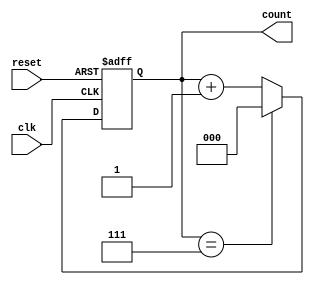
module up_counter_moore #(
    parameter N = 3  // Parameter to define the number of bits for the counter
)(
    input wire clk,      // Clock input
    input wire reset,    // Asynchronous reset input
    output reg [N-1:0] count // Output count value
);

// State declaration
reg [N-1:0] current_state, next_state;

// State transition logic
always @(posedge clk or posedge reset) begin
    if (reset) begin
        current_state <= 0; // Reset state to 0
    end else begin
        current_state <= next_state; // Transition to next state
    end
end

// Next state logic
always @(*) begin
    if (current_state == (1 << N) - 1) begin // Check for overflow
        next_state = 0; // Reset to 0
    end else begin
        next_state = current_state + 1; // Count up
    end
end

// Output logic (Moore machine)
always @(*) begin
    count = current_state; // Output is the current state
end

endmodule